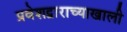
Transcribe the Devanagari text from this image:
प्रवेशद्वाराच्याखाली